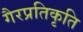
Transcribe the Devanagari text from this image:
गैरप्रतिकृति